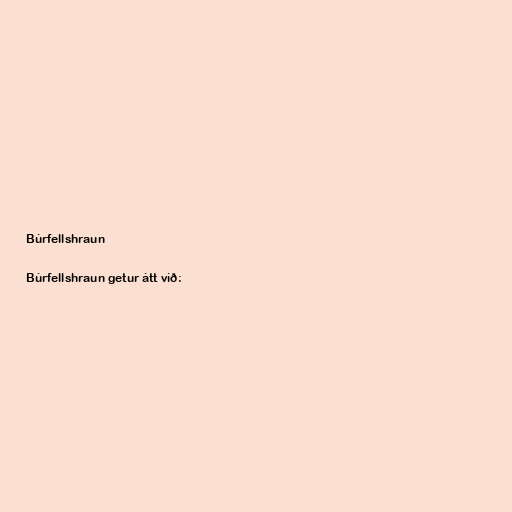
Búrfellshraun

Búrfellshraun getur átt við: